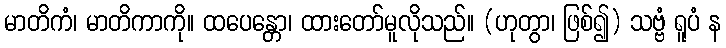
မာတိကံ၊ မာတိကာကို။ ထပေန္တော၊ ထားတော်မူလိုသည်။ (ဟုတွာ၊ ဖြစ်၍) သဗ္ဗံ ရူပံ န